Lunatic asylums Madras 1877-1891 - 1877-1891
Year: 1877
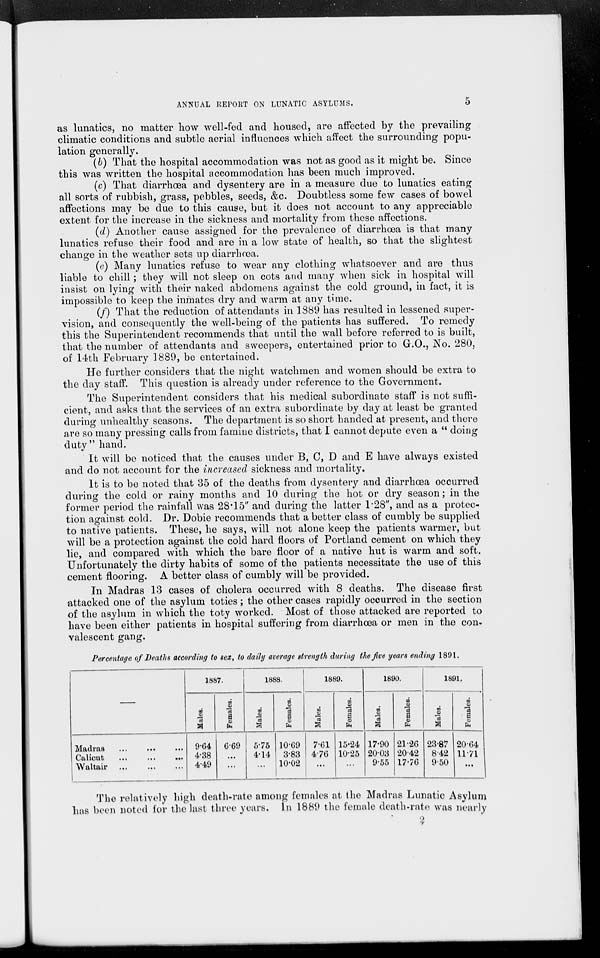
ANNUAL REPORT ON LUNATIC ASYLUMS. 5
as lunatics, no matter how well-fed and housed, are affected by the prevailing
climatic conditions and subtle aerial influences which affect the surrounding popu-
lation generally.
(b) That the hospital accommodation was not as good as it might be. Since
this was written the hospital accommodation has been much improved.
(c) That diarrhœa and dysentery are in a measure due to lunatics eating
all sorts of rubbish, grass, pebbles, seeds, &c. Doubtless some few cases of bowel
affections may be due to this cause, but it does not account to any appreciable
extent for the increase in the sickness and mortality from these affections.
(d) Another cause assigned for the prevalence of diarrhoea is that many
lunatics refuse their food and are in a low State of health, so that the slightest
change in the weather sets up diarrhœa.
(e) Many lunatics refuse to wear any clothing whatsoever and are thus
liable to chill; they will not sleep on cots and many when sick in hospital will
insist on lying with their naked abdomens against the cold ground, in fact, it is
impossible to keep the inmates dry and warm at any time.
(f) That the reduction of attendants in 1889 has resulted in lessened super-
vision, and consequently the well-being of the patients has suffered. To remedy
this the Superintendent recommends that until the wall before referred to is built,
that the number of attendants and sweepers, entertained prior to G.O., No. 280,
of 14th February 1889, be entertained.
He further considers that the night watchmen and women should be extra to
the day staff. This question is already under reference to the Government.
The Superintendent considers that his medical subordinate staff is not suffi-
cient, and asks that the Services of an extra subordinate by day at least be granted
during unhealthy seasons. The department is so short handed at present, and there
are so many pressing calls from famine districts, that I cannot depute even a " doing
duty" hand.
It will be noticed that the causes under B, C, D and E have always existed
and do not account for the increased sickness and mortality.
It is to be noted that 35 of the deaths from dysentery and diarrhœa occurred
during the cold or rainy months and 10 during the hot or dry season; in the
former period the rainfall was 28.15" and during the latter 1.28", and as a protec-
tion against cold. Dr. Dobie recommends that a better class of cumbly be supplied
to native patients. These, he says, will not alone keep the patients warmer, but
will be a protection against the cold hard floors of Portland cement on which they
lie, and compared with which the bare floor of a native hut is warm and soft.
Unfortunately the dirty habits of some of the patients necessitate the use of this
cement flooring. A better class of cumbly will be provided.
In Madras 13 cases of cholera occurred with 8 deaths. The disease first
attacked one of the asylum toties; the other cases rapidly occurred in the section
of the asylum in which the toty worked. Most of those attacked are reported to
have been either patients in hospital suffering from diarrhœa or men in the con-
valescent gang.
Percentage of Deaths according to sex, to daily average strength during the five years ending 1891.
—
Madras
...
...
...
Calicut
...
...
...
Waltair
...
...
...
1887.
Males.
9.64
4.38
4.49
Females.
6.69
...
...
1888.
Males.
5.75
4.14
...
Females.
10.69
3.83
10.02
1889.
Males.
7.61
4.76
...
Females.
15.24
10.25
...
1890.
Males.
17.90
20.03
9.55
Females.
21.26
20.42
17.76
1891.
Males.
23.87
8.42
9.50
Females.
20.64
11.71
...
The relatively high death-rate among females at the Madras Lunatic Asylum
has been noted for the last three years. In 1889 the female death-rate was nearly
2